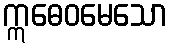
ဣဓေဝမေသော